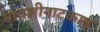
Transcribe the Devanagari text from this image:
मावशीनाटकात